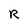
Character: R